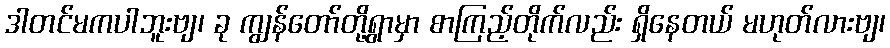
ဒါတင်မကပါဘူးဗျ၊ ခု ကျွန်တော်တို့ရွာမှာ စာကြည့်တိုက်လည်း ရှိနေတယ် မဟုတ်လားဗျ၊